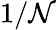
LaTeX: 1/\mathcal{N}